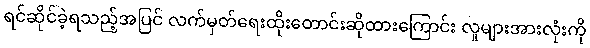
ရင်ဆိုင်ခဲ့ရသည့်အပြင် လက်မှတ်ရေးထိုးတောင်းဆိုထားကြောင်း လူများအားလုံးကို